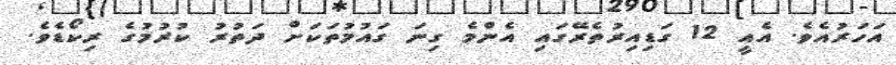
އަހަރުއެވެ. އެއީ 12 ގަޑިއިރުތެރޭގައި އެންމެ ގިނަ ގައުމުތަކަށް ދަތުރު ކުރުމުގެ ރިކޯޑެވެ.